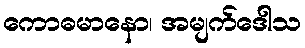
ကောဓမာနော၊ အမျက်ဒေါသ